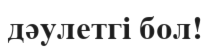
дәулетгі бол!